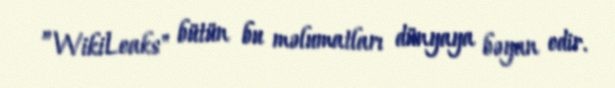
”WikiLeaks" bütün bu məlumatları dünyaya bəyan edir.